Lunatic asylums United Prov. 1922-30 - 1922-1930
Year: 1922
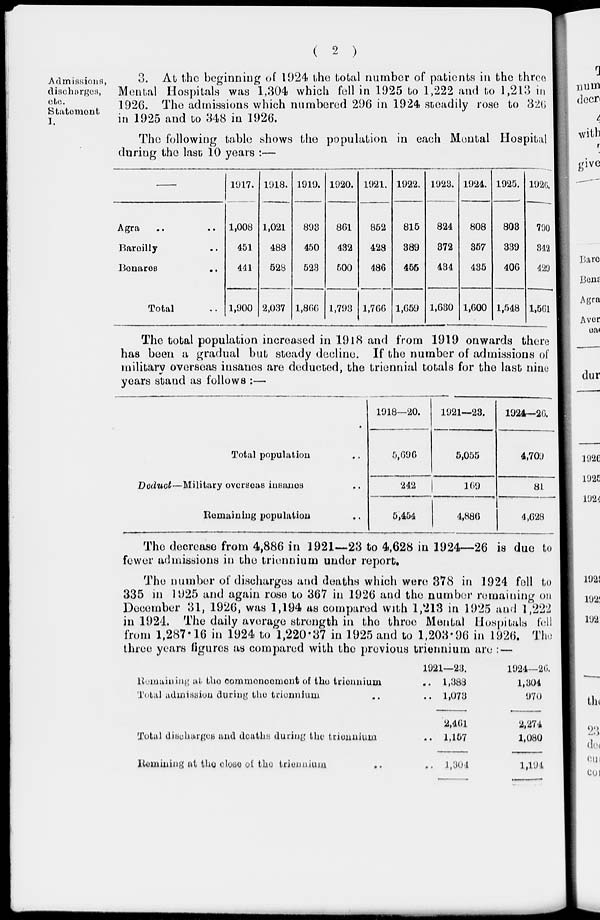
( 2 )
Admissions,
discharges,
etc.
Statement
I.
3. At the beginning of 1924 the total number of patients in the three
Mental Hospitals was 1,304 which fell in 1925 to 1,222 and to 1,213 in
1926. The admissions which numbered 296 in 1924 steadily rose to 326
in 1925 and to 348 in 1926.
The following table shows the population in each Mental Hospital
during the last 10 years :—
Agra .. ..
Bareilly ..
Benares ..
Total ..
1917.
1,008
451
441
1,000
1918.
1,021
488
528
2,037
1919.
893
450
523
1,866
1920.
861
432
500
1,793
1921.
852
428
486
1,766
1922.
815
389
455
1,659
1923.
824
372
434
1,630
1924.
808
357
435
1,600
1925.
808
339
406
1,548
1920.
790
342
429
1,561
The total population increased in 1918 and from 1919 onwards there
has been a gradual but steady decline. If the number of admissions of
military overseas insanes are deducted, the triennial totals for the last nine
years stand as follows :—
Total population ..
Deduct—Military overseas insanes ..
Remaining population ..
1918—20.
5,696
242
5,454
1921—23.
5,055
169
4,886
1924—26.
4,709
81
4,628
The decrease from 4,886 in 1921—23 to 4,628 in 1924—26 is due to
fewer admissions in the triennium under report.
The number of discharges and deaths which were 378 in 1924 fell to
335 in 1925 and again rose to 367 in 1926 and the number remaining on
December 31, 1926, was 1,194 as compared with 1,213 in 1925 and 1,222
in 1924. The daily average strength in the three Mental Hospitals fell
from 1,287.16 in 1924 to 1,220.37 in 1925 and to 1,203.96 in 1926. The
three years figures as compared with the previous triennium are : —
Remaining at the commencement of the triennium
Total admission during the triennium ..
Total dicharges and deaths during the triennium
Remining at the close of the triennium ..
1921—23.
.. 1,388
.. 1,073
2,461
.. 1,157
..
1,304
1924—26.
1,304
970
2,274
1,080
1,194